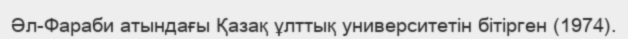
Әл-Фараби атындағы Қазақ ұлттық университетін бітірген (1974).